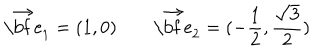
LaTeX: \vec { \mathrm { \bf ~ e } } _ { 1 } = ( 1 , 0 ) \qquad \vec { \mathrm { \bf ~ e } } _ { 2 } = ( - { \frac { 1 } { 2 } } , { \frac { \sqrt { 3 } } { 2 } } )